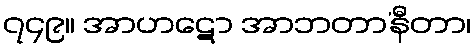
၇၄၉။ အာဟဋော အာဘတာ’နီတာ၊